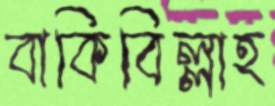
বাকিবিল্লাহ